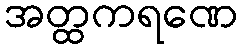
အတ္ထကရဏေ